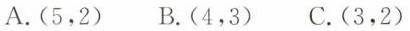
A.(5，2) B.(4，3) C.(3，2)